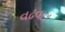
વઢવાડ